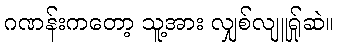
ဂဏန်းကတော့ သူ့အား လျှစ်လျူရ်ှုဆဲ။